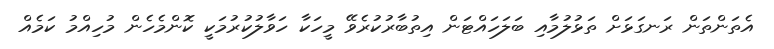
އެތަންތަން ރަނގަޅަށް ތަޅުލުމާއި ބަލަހައްޓަން އިތުބާރުކުރެވޭ މީހަކާ ހަވާލުކުރުމަކީ ކޮންމެހެން މުހިއްމު ކަމެއް